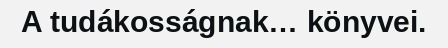
A tudákosságnak… könyvei.